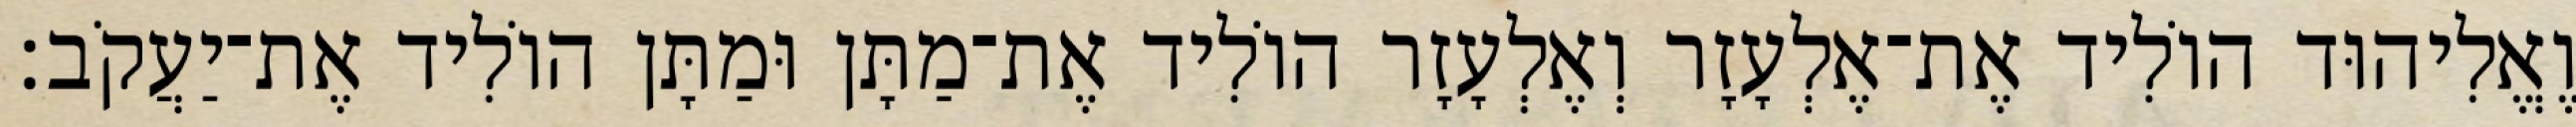
וֶאֱלִיהוּד הוֹלִיד אֶת־אֶלְעָזָר וְאֶלְעָזָר הוֹלִיד אֶת־מַתָּן וּמַתָּן הוֹלִיד אֶת־יַעֲקֹב׃